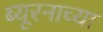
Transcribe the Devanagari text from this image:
ब्यूरनाच्या